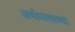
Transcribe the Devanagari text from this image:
अर्थव्यसव्था